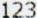
123